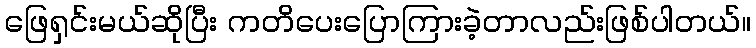
ဖြေရှင်းမယ်ဆိုပြီး ကတိပေးပြောကြားခဲ့တာလည်းဖြစ်ပါတယ်။